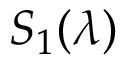
{ \cal S } _ { 1 } ( \lambda )